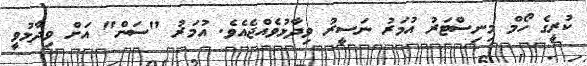
ކުރީގެ ހޯމް މިނިސްޓަރު އުމަރު ނަސީރު ވިދާޅުވެއްޖެއެވެ. އުމަރު "ސަން" އަށް ވިދާޅުވީ